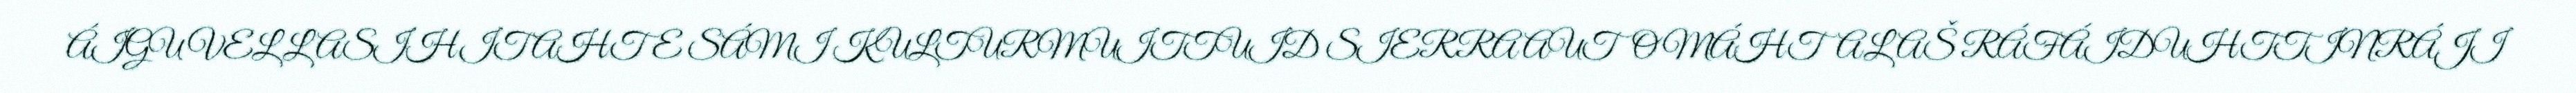
ÁIGU VEL LASIHIT AHTE SÁMI KULTURMUITTUID SIERRA AUTOMÁHTALAŠ RÁFÁIDUHTTINRÁJI